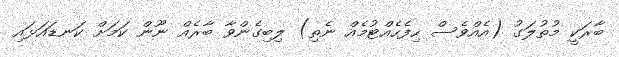
ބާރަކީ މުތުލަގު (އެއްވެސް ހިފެހެއްޓުމެއް ނެތި) ލިބިގެންވާ ބާރެއް ނޫން ކަމަށް ކަނޑައަޅައި